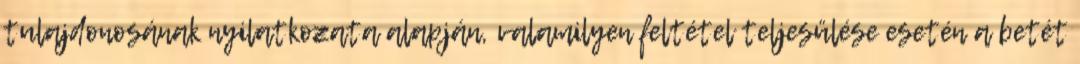
tulajdonosának nyilatkozata alapján, valamilyen feltétel teljesülése esetén a betét